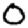
Digit: 0